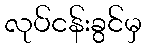
လုပ်ငန်းခွင်မှ